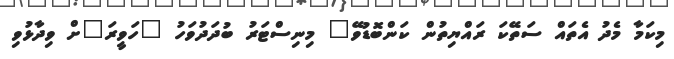
މިކަމާ މެދު އެތައް ސަތޭކަ ރައްޔިތުން ކަންބޮޑުވޭ" މިނިސްޓަރު ބުދަދުވަހު "ހަވީރަ"ށް ވިދާޅުވި